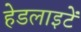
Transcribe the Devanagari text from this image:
हेडलाइटें